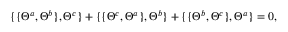
\{ \{ \Theta ^ { a } , \Theta ^ { b } \} , \Theta ^ { c } \} + \{ \{ \Theta ^ { c } , \Theta ^ { a } \} , \Theta ^ { b } \} + \{ \{ \Theta ^ { b } , \Theta ^ { c } \} , \Theta ^ { a } \} = 0 ,